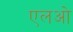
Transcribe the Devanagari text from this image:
एलओ